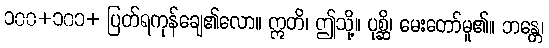
၁၀၀+၁၀၁+ ပြတ်ရကုန်ချေ၏လော။ ဣတိ၊ ဤသို့။ ပုစ္ဆိ၊ မေးတော်မူ၏။ ဘန္တေ၊